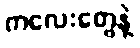
ကလေးတွေနဲ့